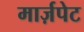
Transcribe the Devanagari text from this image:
मार्ज़पेट